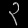
Digit: ၃